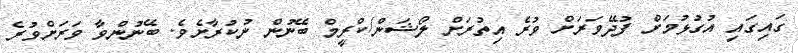
ގައިގައި އުގުޅުމަށް ފުދޭވަރަށް ވުރެ އިތުރަށް ލޯޝަން/ކްރީމް ބޭނުން ނުކުރާށެވެ. ބޭނުންވާ ވަރަށްވުރެ